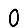
Digit: 0